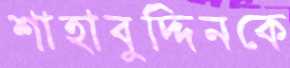
শাহাবুদ্দিনকে